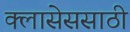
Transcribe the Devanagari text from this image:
क्लासेससाठी